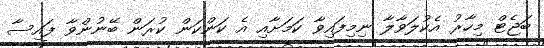
ބަޖެޓް މިހާރު އެކުލަވާލާ ނިމިފައިވާ ކަމަށާއި އެ ކަންކަން ކުރަން ބޭނުންވާ ފައިސާ